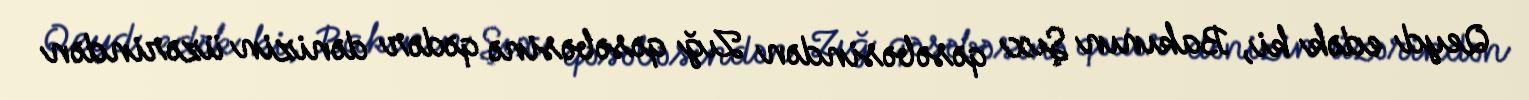
Qeyd edək ki, Bakının Şıx qəsəbəsindən Zığ qəsəbəsinə qədər dənizin üzərindən